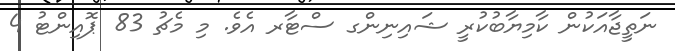
ނަތީޖާއަކުން ކާމިޔާބުކުރީ ޝައިނިންގ ސްޓާރ އެވެ. މި މެޗު 83 ޕޮއިންޓު 4